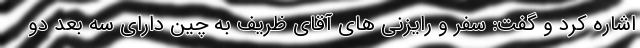
اشاره کرد و گفت: سفر و رایزنی های آقای ظریف به چین دارای سه بعد دو